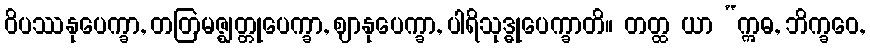
ဝိပဿနုပေက္ခာ, တတြမဇ္ဈတ္တုပေက္ခာ, ဈာနုပေက္ခာ, ပါရိသုဒ္ဓုပေက္ခာတိ။ တတ္ထ ယာ “ဣဓ, ဘိက္ခဝေ,